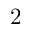
2